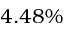
4 . 4 8 \%